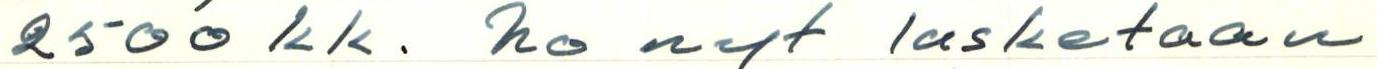
2500 kk. no nyt lasketaan